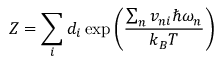
Z = \sum _ { i } d _ { i } \exp \left( \frac { \sum _ { n } v _ { n i } \hbar \omega _ { n } } { k _ { B } T } \right)